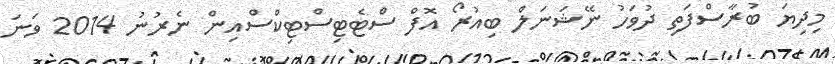
މިދިޔަ ބުރާސްފަތި ދުވަހު ނޭޝަނަލް ބިއުރޯ އޮފް ސްޓެޓިސްޓިކްސްއިން ނެރުނު 2014 ވަނަ